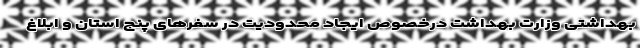
بهداشتی وزارت بهداشت درخصوص ایجاد محدودیت در سفرهای پنج استان و ابلاغ